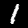
Label: 1